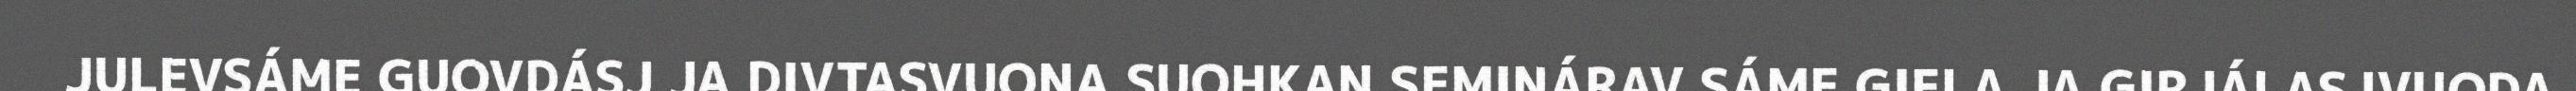
JULEVSÁME GUOVDÁSJ JA DIVTASVUONA SUOHKAN SEMINÁRAV SÁME GIELA JA GIRJÁLASJVUODA